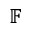
\mathbb { F }